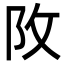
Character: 𨸩